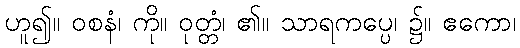
ဟူ၍။ ဝစနံ၊ ကို။ ဝုတ္တံ၊ ၏။ သာရကပ္ပေ၊ ၌။ ဧကော၊